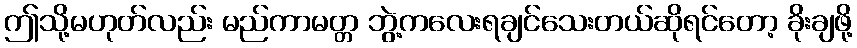
ဤသို့မဟုတ်လည်း မည်ကာမတ္တ ဘွဲ့ကလေးရချင်သေးတယ်ဆိုရင်တော့ ခိုးချဖို့